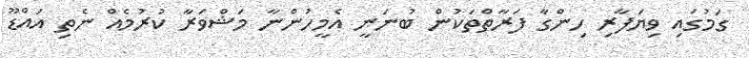
ގަމުގައި ވިޔަފާރި ހިންގާ ފަރާތްތަކުން ބުނަނީ އެމީހުންނާ މަޝްވަރާ ކުރުމެއް ނެތި އައްޑޫ